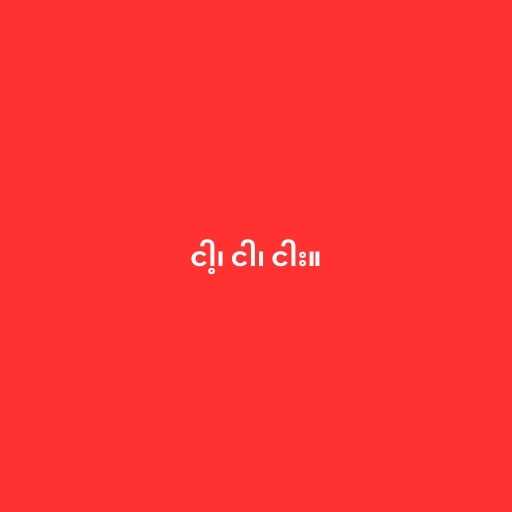
ငါ့၊ ငါ၊ ငါး။